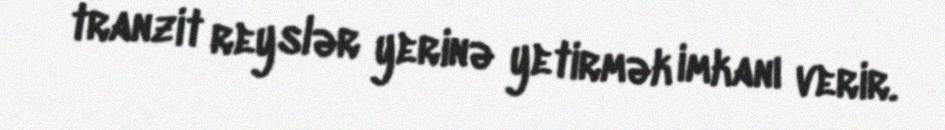
tranzit reyslər yerinə yetirmək imkanı verir.